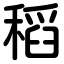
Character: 稻